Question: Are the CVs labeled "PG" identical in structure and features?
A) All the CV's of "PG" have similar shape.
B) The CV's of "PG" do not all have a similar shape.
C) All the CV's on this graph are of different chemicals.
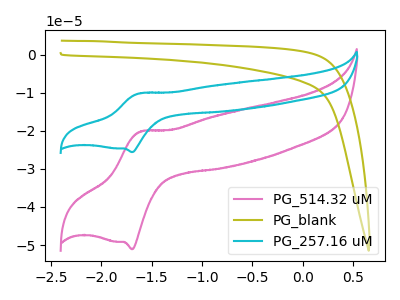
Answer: <think>The pink curve "PG_514.32 uM" has an anodic peak at (-1.60V, -20.20uA) and a cathodic peak at (-1.70V, -51.10uA). The olive curve "PG_blank" has no peaks. The cyan curve "PG_257.16 uM" has an anodic peak at (-1.60V, -10.15uA) and a cathodic peak at (-1.70V, -25.60uA).
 "PG_514.32 uM" and "PG_blank" have a different number of peaks. All the peaks in "PG_514.32 uM" have a peak in "PG_257.16 uM" at the same potential. "PG_blank" and "PG_257.16 uM" have a different number of peaks.</think>
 <answer>A) All the CV's of "PG" have similar shape.</answer>
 <eval>A</eval>